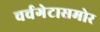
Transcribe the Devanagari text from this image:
चर्चगेटासमोर